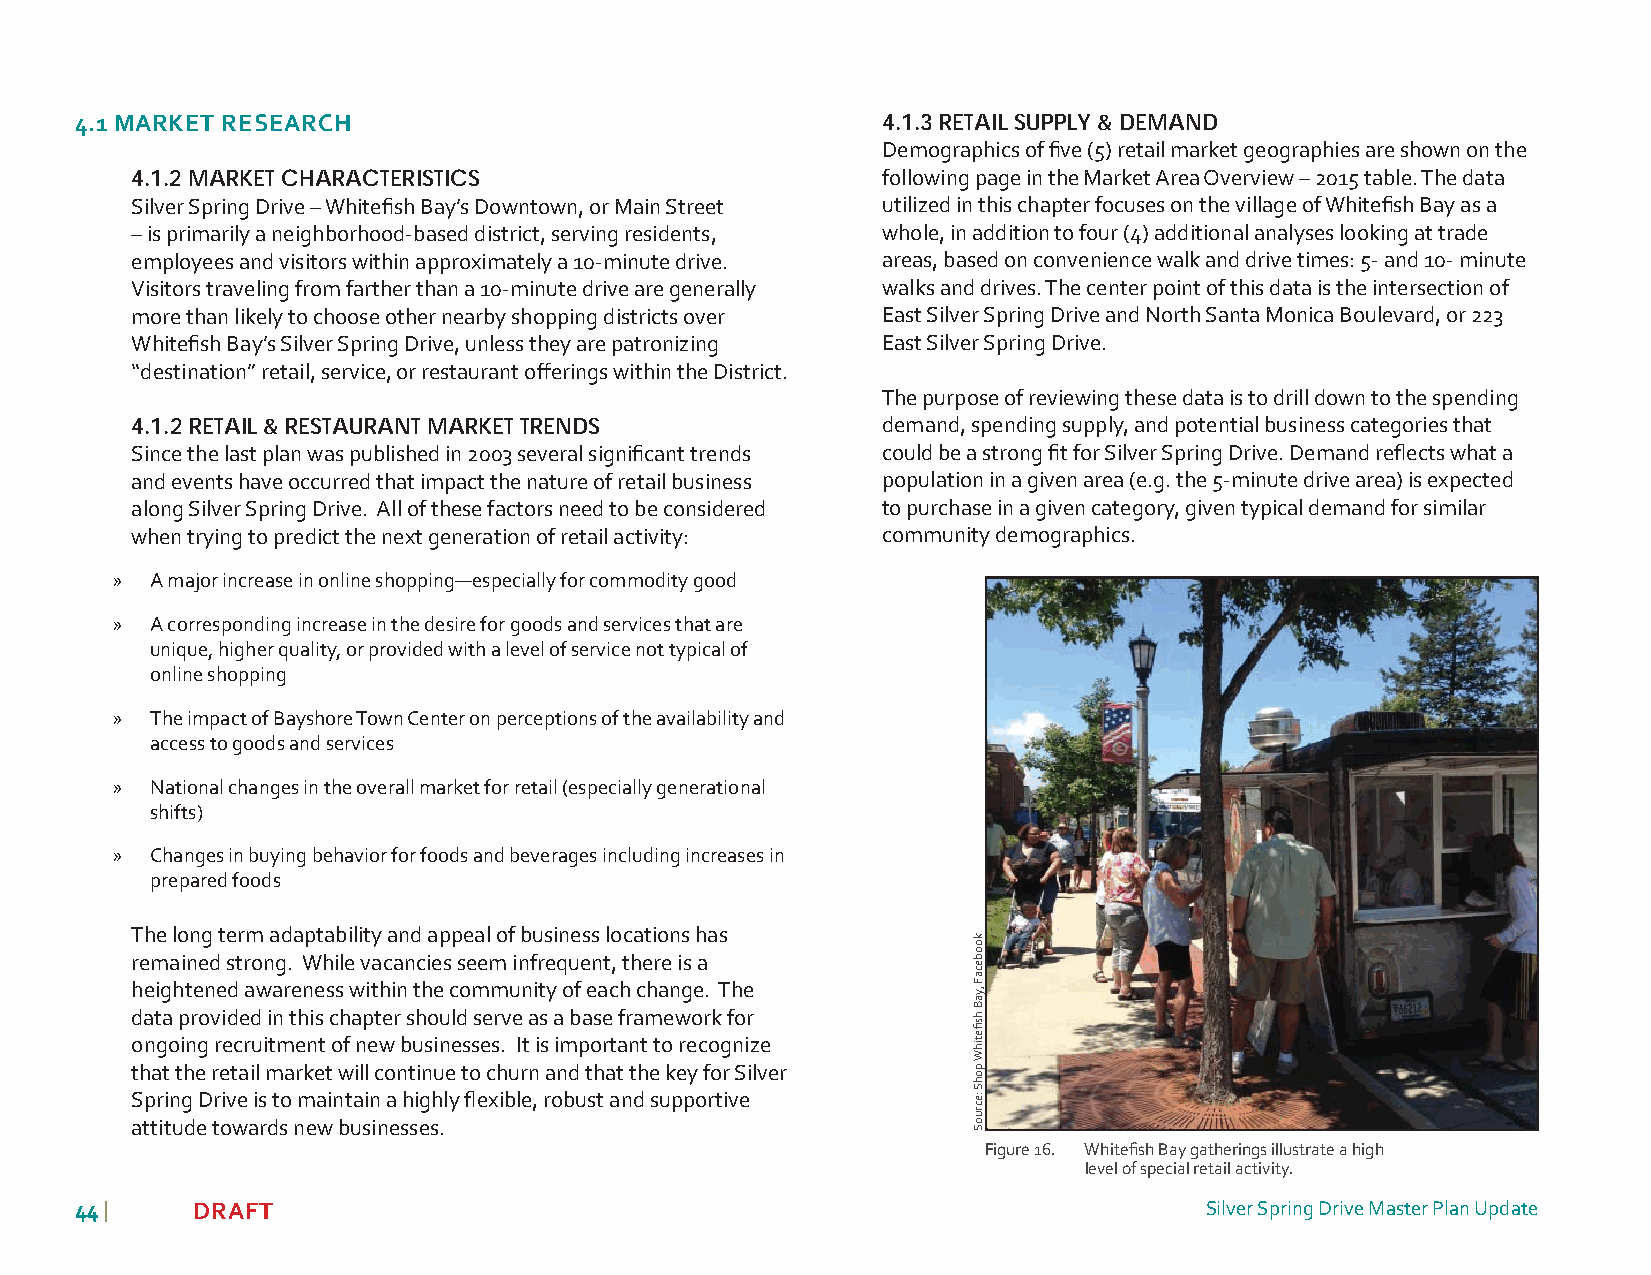
4.1 MARKET RESEARCH                                  4.1.3 RETAIL SUPPLY & DEMAND
 Demographics of fi ve (5) retail market geographies are shown on the
 4.1.2 MARKET CHARACTERISTICS                     following page in the Market Area Overview – 2015 table. The data
 Silver Spring Drive – Whitefi sh Bay’s Downtown, or Main Street utilized in this chapter focuses on the village of Whitefi sh Bay as a
 – is primarily a neighborhood-based district, serving residents, whole, in addition to four (4) additional analyses looking at trade
 employees and visitors within approximately a 10-minute drive. areas, based on convenience walk and drive times: 5- and 10- minute
 Visitors traveling from farther than a 10-minute drive are generally walks and drives. The center point of this data is the intersection of
 more than likely to choose other nearby shopping districts over East Silver Spring Drive and North Santa Monica Boulevard, or 223
 Whitefi sh Bay’s Silver Spring Drive, unless they are patronizing East Silver Spring Drive.
 “destination” retail, service, or restaurant off erings within the District.
 The purpose of reviewing these data is to drill down to the spending
 4.1.2 RETAIL & RESTAURANT MARKET TRENDS          demand, spending supply, and potential business categories that
 Since the last plan was published in 2003 several signifi cant trends could be a strong fi t for Silver Spring Drive. Demand refl ects what a
 and events have occurred that impact the nature of retail business population in a given area (e.g. the 5-minute drive area) is expected
 along Silver Spring Drive. All of these factors need to be considered to purchase in a given category, given typical demand for similar
 when trying to predict the next generation of retail activity: community demographics.
 »  A major increase in online shopping—especially for commodity good
 »  A corresponding increase in the desire for goods and services that are
 unique, higher quality, or provided with a level of service not typical of
 online shopping
 »  The impact of Bayshore Town Center on perceptions of the availability and
 access to goods and services
 »  National changes in the overall market for retail (especially generational
 shifts)
 »  Changes in buying behavior for foods and beverages including increases in
 prepared foods
 The long term adaptability and appeal of business locations has
 remained strong. While vacancies seem infrequent, there is a
 heightened awareness within the community of each change. The
 data provided in this chapter should serve as a base framework for
 ongoing recruitment of new businesses. It is important to recognize
 that the retail market will continue to churn and that the key for Silver
 Spring Drive is to maintain a highly fl exible, robust and supportive
 attitude towards new businesses.
 Figure 16. Whitefi sh Bay gatherings illustrate a high
 level of special retail activity.
 4444 |  DRAFT                                                              Silver Spring Drive Master Plan Update
 koobecaF
 ,yaB
 hsfi
 etihW
 pohS
 :ecruoS